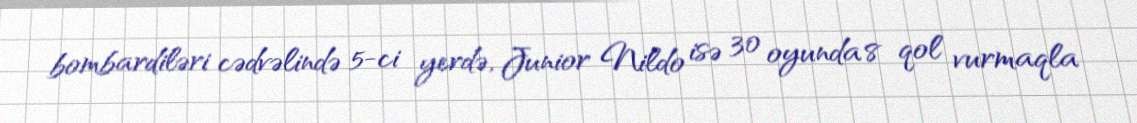
bombardiləri cədvəlində 5-ci yerdə, Junior Nildo isə 30 oyunda 8 qol vurmaqla